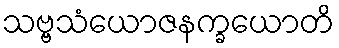
သဗ္ဗသံယောဇနက္ခယောတိ